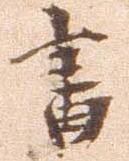
書